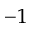
^ { - 1 }